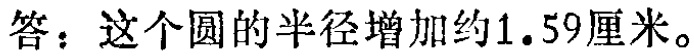
答：这个圆的半径增加约\(1.59\)厘米。